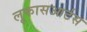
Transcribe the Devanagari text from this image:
लूकासआर्टस